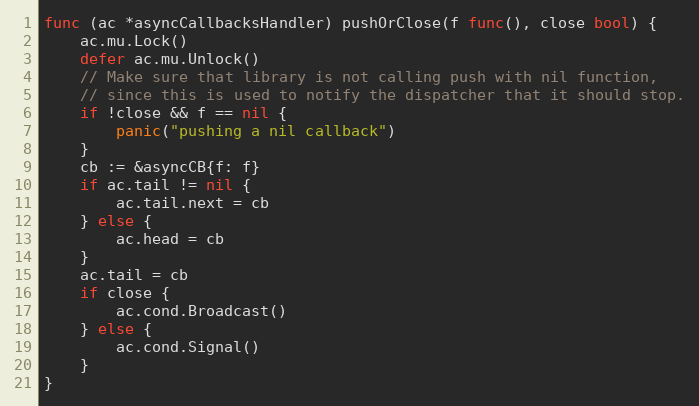
Language: Go
func (ac *asyncCallbacksHandler) pushOrClose(f func(), close bool) {
	ac.mu.Lock()
	defer ac.mu.Unlock()
	// Make sure that library is not calling push with nil function,
	// since this is used to notify the dispatcher that it should stop.
	if !close && f == nil {
		panic("pushing a nil callback")
	}
	cb := &asyncCB{f: f}
	if ac.tail != nil {
		ac.tail.next = cb
	} else {
		ac.head = cb
	}
	ac.tail = cb
	if close {
		ac.cond.Broadcast()
	} else {
		ac.cond.Signal()
	}
}